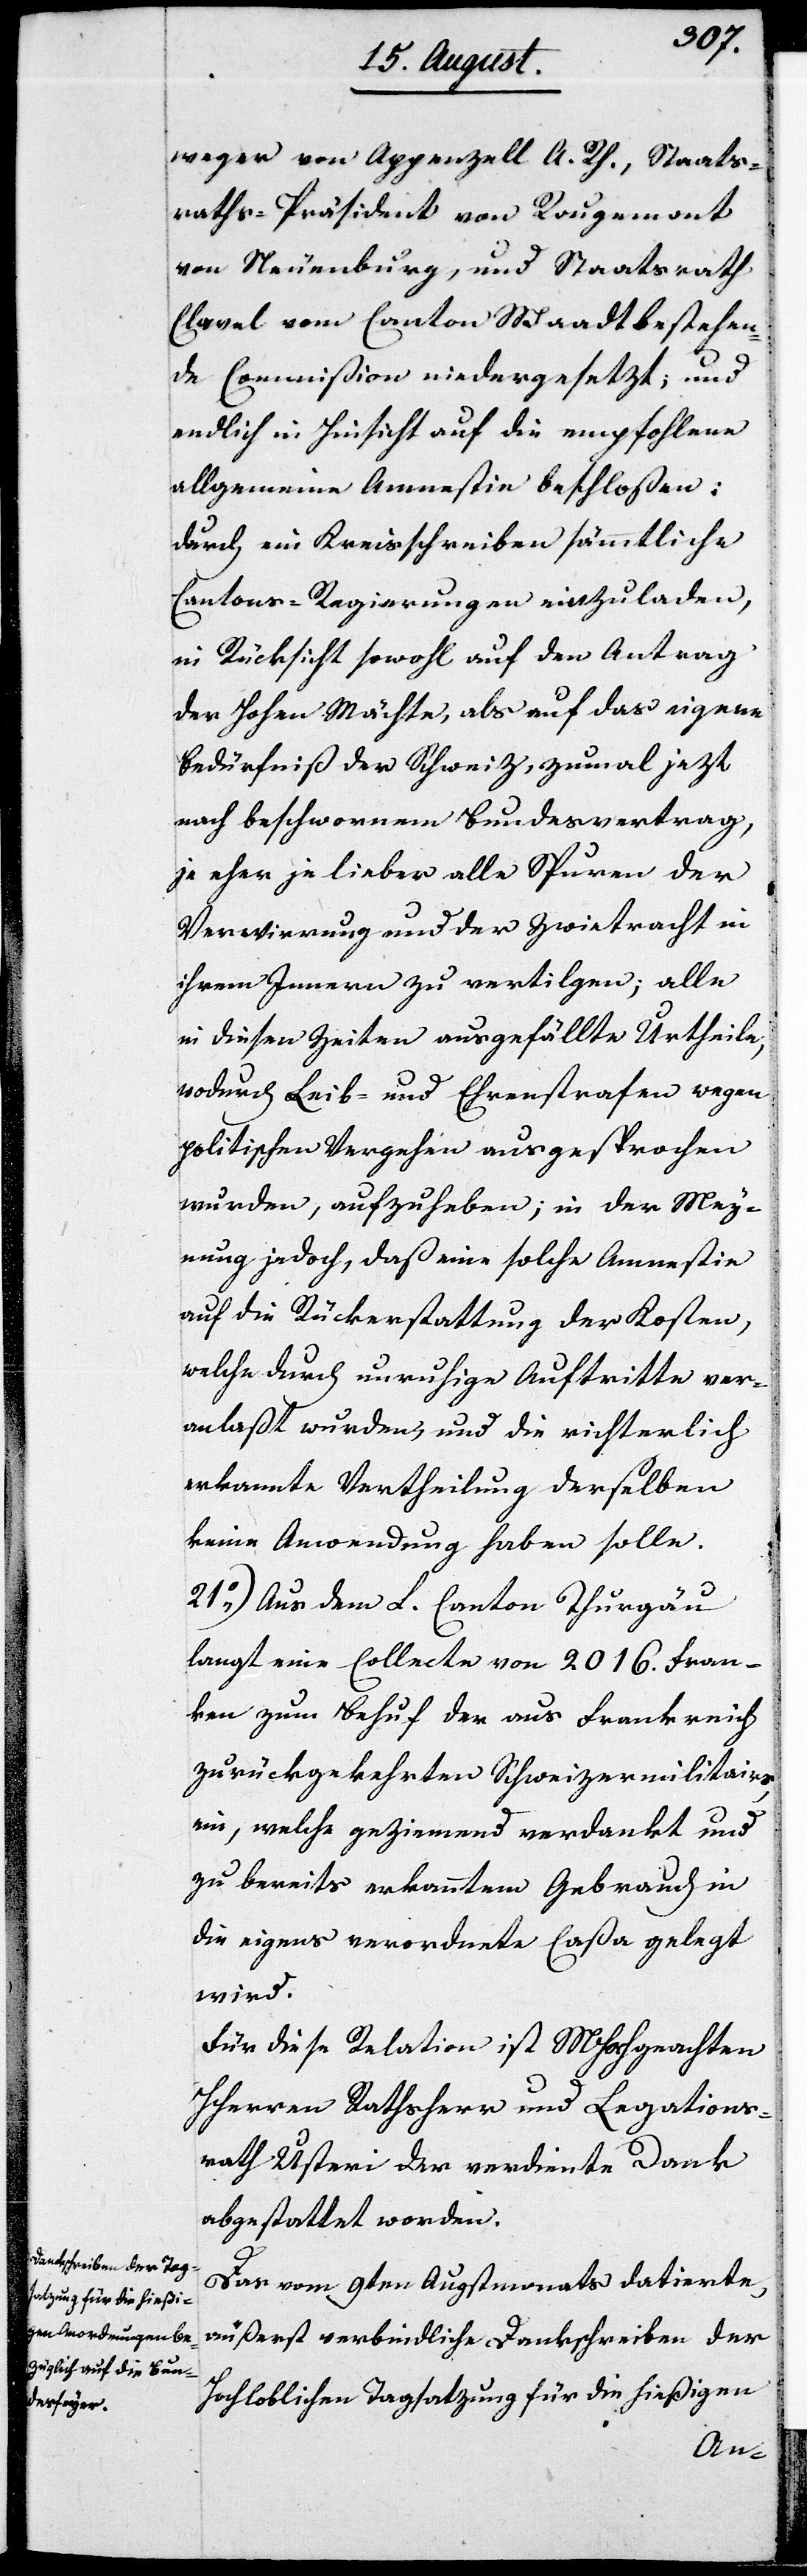
weger von Appenzell A. R., Staats¬
raths-Präsident von Rougemont
von Neuenburg, und Staatsrath
Clavel vom Canton Waadt bestehen¬
de Commißion niedergesetzt; und
endlich in Hinsicht auf die empfohlene
allgemeine Amnestie beschloßen:
durch ein Kreisschreiben sämmtliche
Cantons-Regierungen einzuladen,
in Rücksicht sowohl auf den Antrag
der Hohen Mächte, als auf das eigene
Bedürfniß der Schweiz, zumal jetzt
nach beschworenem Bundesvertrag,
je eher je lieber alle Spuren der
Verwirrung und der Zwietracht in
ihrem Innern zu vertilgen; alle
in diesen Zeiten ausgefällte Urtheile,
wodurch Leib- und Ehrenstrafen wegen
politischen Vergehen ausgesprochen
wurden, aufzuheben; in der Mey¬
nung jedoch, daß eine solche Amnestie
auf die Rückerstattung der Kosten,
welche durch unruhige Auftritte ver¬
anlaßt wurden, und die richterlich
erkannte Vertheilung derselben
keine Anwendung haben solle.
21.) Aus dem L. Canton Thurgau
langt eine Collecte von 2016. Fran¬
ken zum Behuf der aus Frankreich
zurückgekehrten Schweizermilitairs
ein, welche geziemend verdankt und
zu bereits anerkanntem Gebrauch in
die eigens verordnete Caßa gelegt
wird.
Für diese Relation ist MHochgeachten
HHerren Rathsherr und Legations¬
rath Usteri der verdiente Dank
abgestattet worden.
Das vom 9ten Augstmonat datierte,
äußerst verbindliche Dankschreiben der
Hochloblichen Tagsatzung für die hießigen